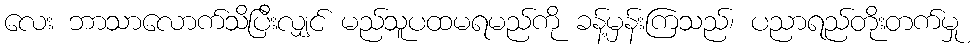
လေး ဘာသာလောက်သိပြီးလျှင် မည်သူပထမရမည်ကို ခန့်မှန်းကြသည်၊ ပညာရည်တိုးတက်မှု